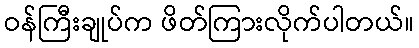
ဝန်ကြီးချုပ်က ဖိတ်ကြားလိုက်ပါတယ်။